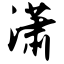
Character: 潇